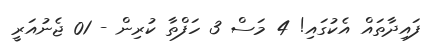
ފައިދާތައް އެކުގައި! 4 މަސް 3 ހަފްތާ ކުރިން - 01 ޖެނުއަރީ